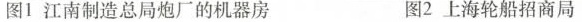
图1 江南制造总局炮厂的机器房 图2上海轮船招商局